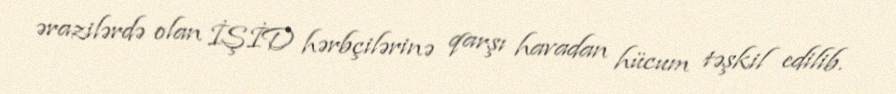
ərazilərdə olan İŞİD hərbçilərinə qarşı havadan hücum təşkil edilib.